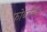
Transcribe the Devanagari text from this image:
फोर्ब्जच्या